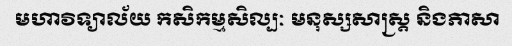
មហាវិទ្យាល័យ កសិកម្មសិល្បៈ មនុស្សសាស្ត្រ និងភាសា